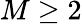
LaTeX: M\ge 2